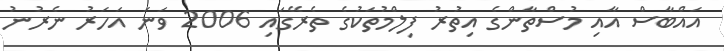
އައްބާސް އާއި މުސްތާންގެ އިތުރު ފިލްމުތަކުގެ ތެރޭގައި 2006 ވަނަ އަހަރު ނެރުނު